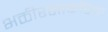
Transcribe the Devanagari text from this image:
भक्तीरसाकरिता